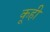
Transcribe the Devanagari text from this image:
कूही